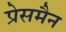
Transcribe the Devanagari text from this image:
प्रेसमैन